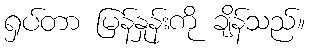
ရှပ်တာ မြန်နှုန်းကို ချိန်သည်။